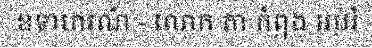
ឧទាហរណ៍ - លោក តា កំពុង អប់រំ